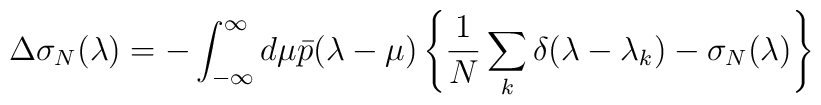
\Delta\sigma_N (\lambda) = - \int_{-\infty}^{\infty} d\mu \bar{p}(\lambda-\mu)\left\{ \frac{1}{N} \sum_k \delta(\lambda-\lambda_k) - \sigma_N(\lambda) \right\}